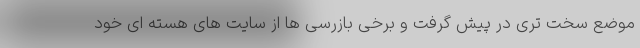
موضع سخت تری در پیش گرفت و برخی بازرسی ها از سایت های هسته ای خود